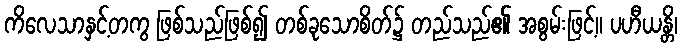
ကိလေသာနှင့်တကွ ဖြစ်သည်ဖြစ်၍ တစ်ခုသောစိတ်၌ တည်သည်၏ အစွမ်းဖြင့်။ ပဟီယန္တိ၊